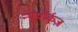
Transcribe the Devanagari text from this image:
न्यूयॉर्कज़